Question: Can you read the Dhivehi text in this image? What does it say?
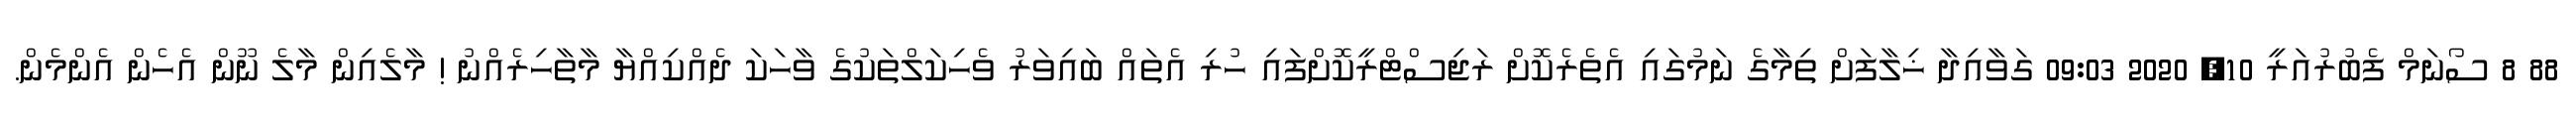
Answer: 88 8 ސޯނަމް ފެބުރުއަރީ 10, 2020 09:03 ގަވާއިދާ ޚިލާފަށް ތިމާގެ ނަމުގައި އެތެރެކޮށް ރަޖިސްޓްރީކޮށްފައި ހުރި އެތައް ބައިވަރު ވެހިކަލްތަކުގެ ވާހަކަ ދެއްކިއްޔާ މާތާހިރެއްނު ! މާލެއިން މާލެ ނޫން އެހެން އެންމެން.